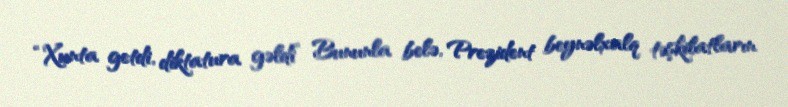
“Xunta getdi, diktatura gəldi” Bununla belə, Prezident beynəlxalq təşkilatların